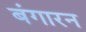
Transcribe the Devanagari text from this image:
बंगारन